Vaccination United Provinces of Agra and Oudh 1914-1922 - 1914-1922
Year: 1914
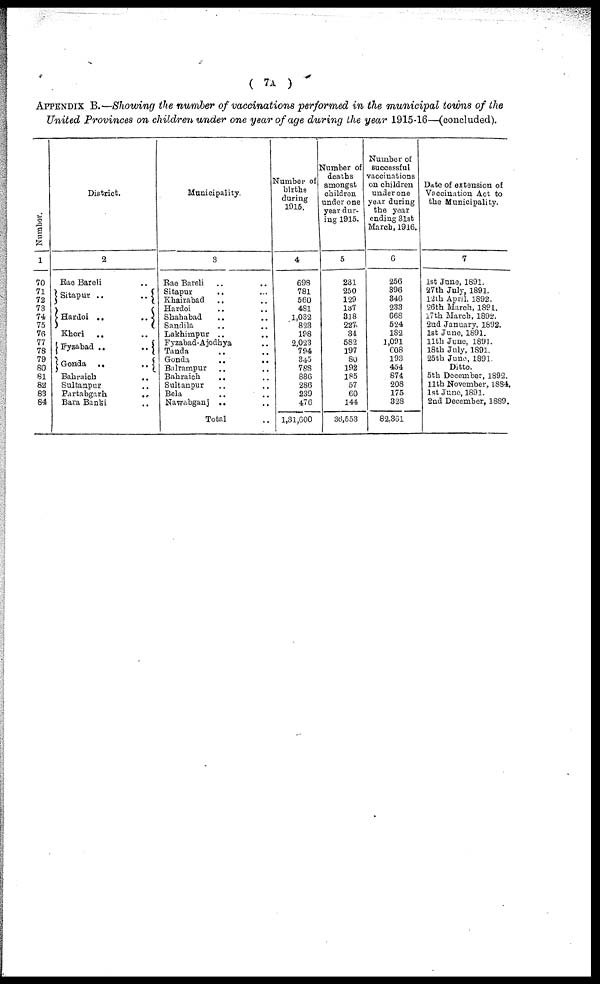
( 7A )
APPENDIX B.—Showing the number of vaccinations performed in the municipal towns of the
United Provinces on children under one year of age during the year 1915-16—(concluded).
Number.
1
70
71
72
73
74
75
76
77
78
79
80
81
82
83
84
District.
2
Rae Bareli ..
Sitapur ..
..
Hardoi ..
..
Kheri
.. ..
Fyzabad ..
..
Gonda
..
..
Bahraich
..
Sultanpur ..
Partabgarh
..
Bara Banki ..
Municipality.
3
Rae Bareli .. ..
Sitapur .. ..
Khairabad
.. ..
Hardoi .. ..
Shahabad .. ..
Sandila .. ..
Lakhimpur .. ..
Fyzabad-Ajodhya ..
Tanda .. ..
Gonda
..
..
Balrampur .. ..
Bahraich
.. ..
Sultanpur .. ..
Bela .. ..
Nawabganj .. ..
Total
Number of
births
during
1915.
4
698
781
560
481
1,032
823
198
2,023
794
345
788
886
286
239
476
1,31,600
Number of
deaths
amongst
children
under one
year dur-
ing 1915.
5
231
250
129
137
318
227
34
582
197
80
192
185
57
60
144
363,553
Number of
successful
vaccinations
on children
under one
year during
the year
ending 31st
March, 1916.
6
256
396
346
233
668
524
182
1,091
608
193
454
874
208
175
328
82,361
Date of extension of
Vaccination Act to
the Municipality.
7
1st June, 1891.
27th July, 1891.
12th April, 1892.
26th March, 1891.
17th March, 1892.
2nd January, 1892.
1st June, 1891.
11th June, 1891.
18th July, 1891.
25th June, 1891.
Ditto.
5th December, 1892.
11th November, 1884.
1st June, 1891.
2nd December, 1889.